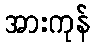
အားကုန်